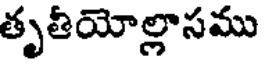
తృతీయోల్లాసము